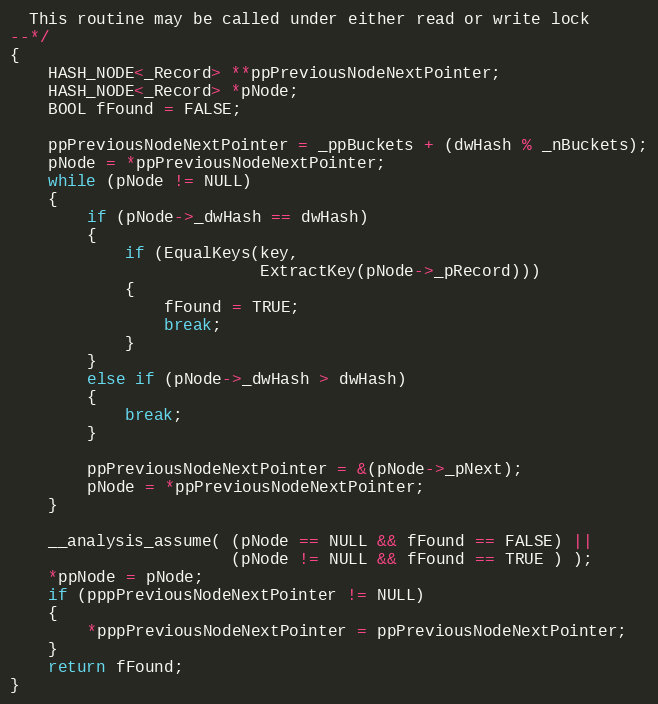
Language: C
  This routine may be called under either read or write lock
--*/
{
    HASH_NODE<_Record> **ppPreviousNodeNextPointer;
    HASH_NODE<_Record> *pNode;
    BOOL fFound = FALSE;

    ppPreviousNodeNextPointer = _ppBuckets + (dwHash % _nBuckets);
    pNode = *ppPreviousNodeNextPointer;
    while (pNode != NULL)
    {
        if (pNode->_dwHash == dwHash)
        {
            if (EqualKeys(key,
                          ExtractKey(pNode->_pRecord)))
            {
                fFound = TRUE;
                break;
            }
        }
        else if (pNode->_dwHash > dwHash)
        {
            break;
        }

        ppPreviousNodeNextPointer = &(pNode->_pNext);
        pNode = *ppPreviousNodeNextPointer;
    }

    __analysis_assume( (pNode == NULL && fFound == FALSE) ||
                       (pNode != NULL && fFound == TRUE ) );
    *ppNode = pNode;
    if (pppPreviousNodeNextPointer != NULL)
    {
        *pppPreviousNodeNextPointer = ppPreviousNodeNextPointer;
    }
    return fFound;
}